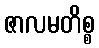
ဇာလမတိစ္စ